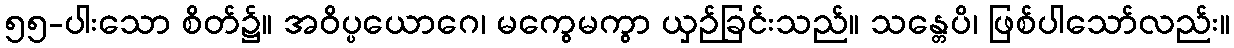
၅၅-ပါးသော စိတ်၌။ အဝိပ္ပယောဂေ၊ မကွေမကွာ ယှဉ်ခြင်းသည်။ သန္တေပိ၊ ဖြစ်ပါသော်လည်း။